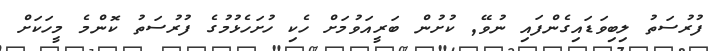
ފުރުސަތު ލިބިވަޑައިގެންފައި ނުވޭ